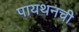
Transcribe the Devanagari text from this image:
पायथनची